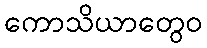
ကောသိယာတွေဝ